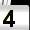
Digit: 4